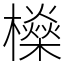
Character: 𣟕